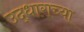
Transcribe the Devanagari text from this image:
उद्धाराच्या